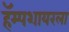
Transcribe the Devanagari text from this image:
हॅम्पशायरला